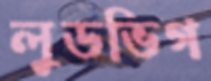
লুডভিগ